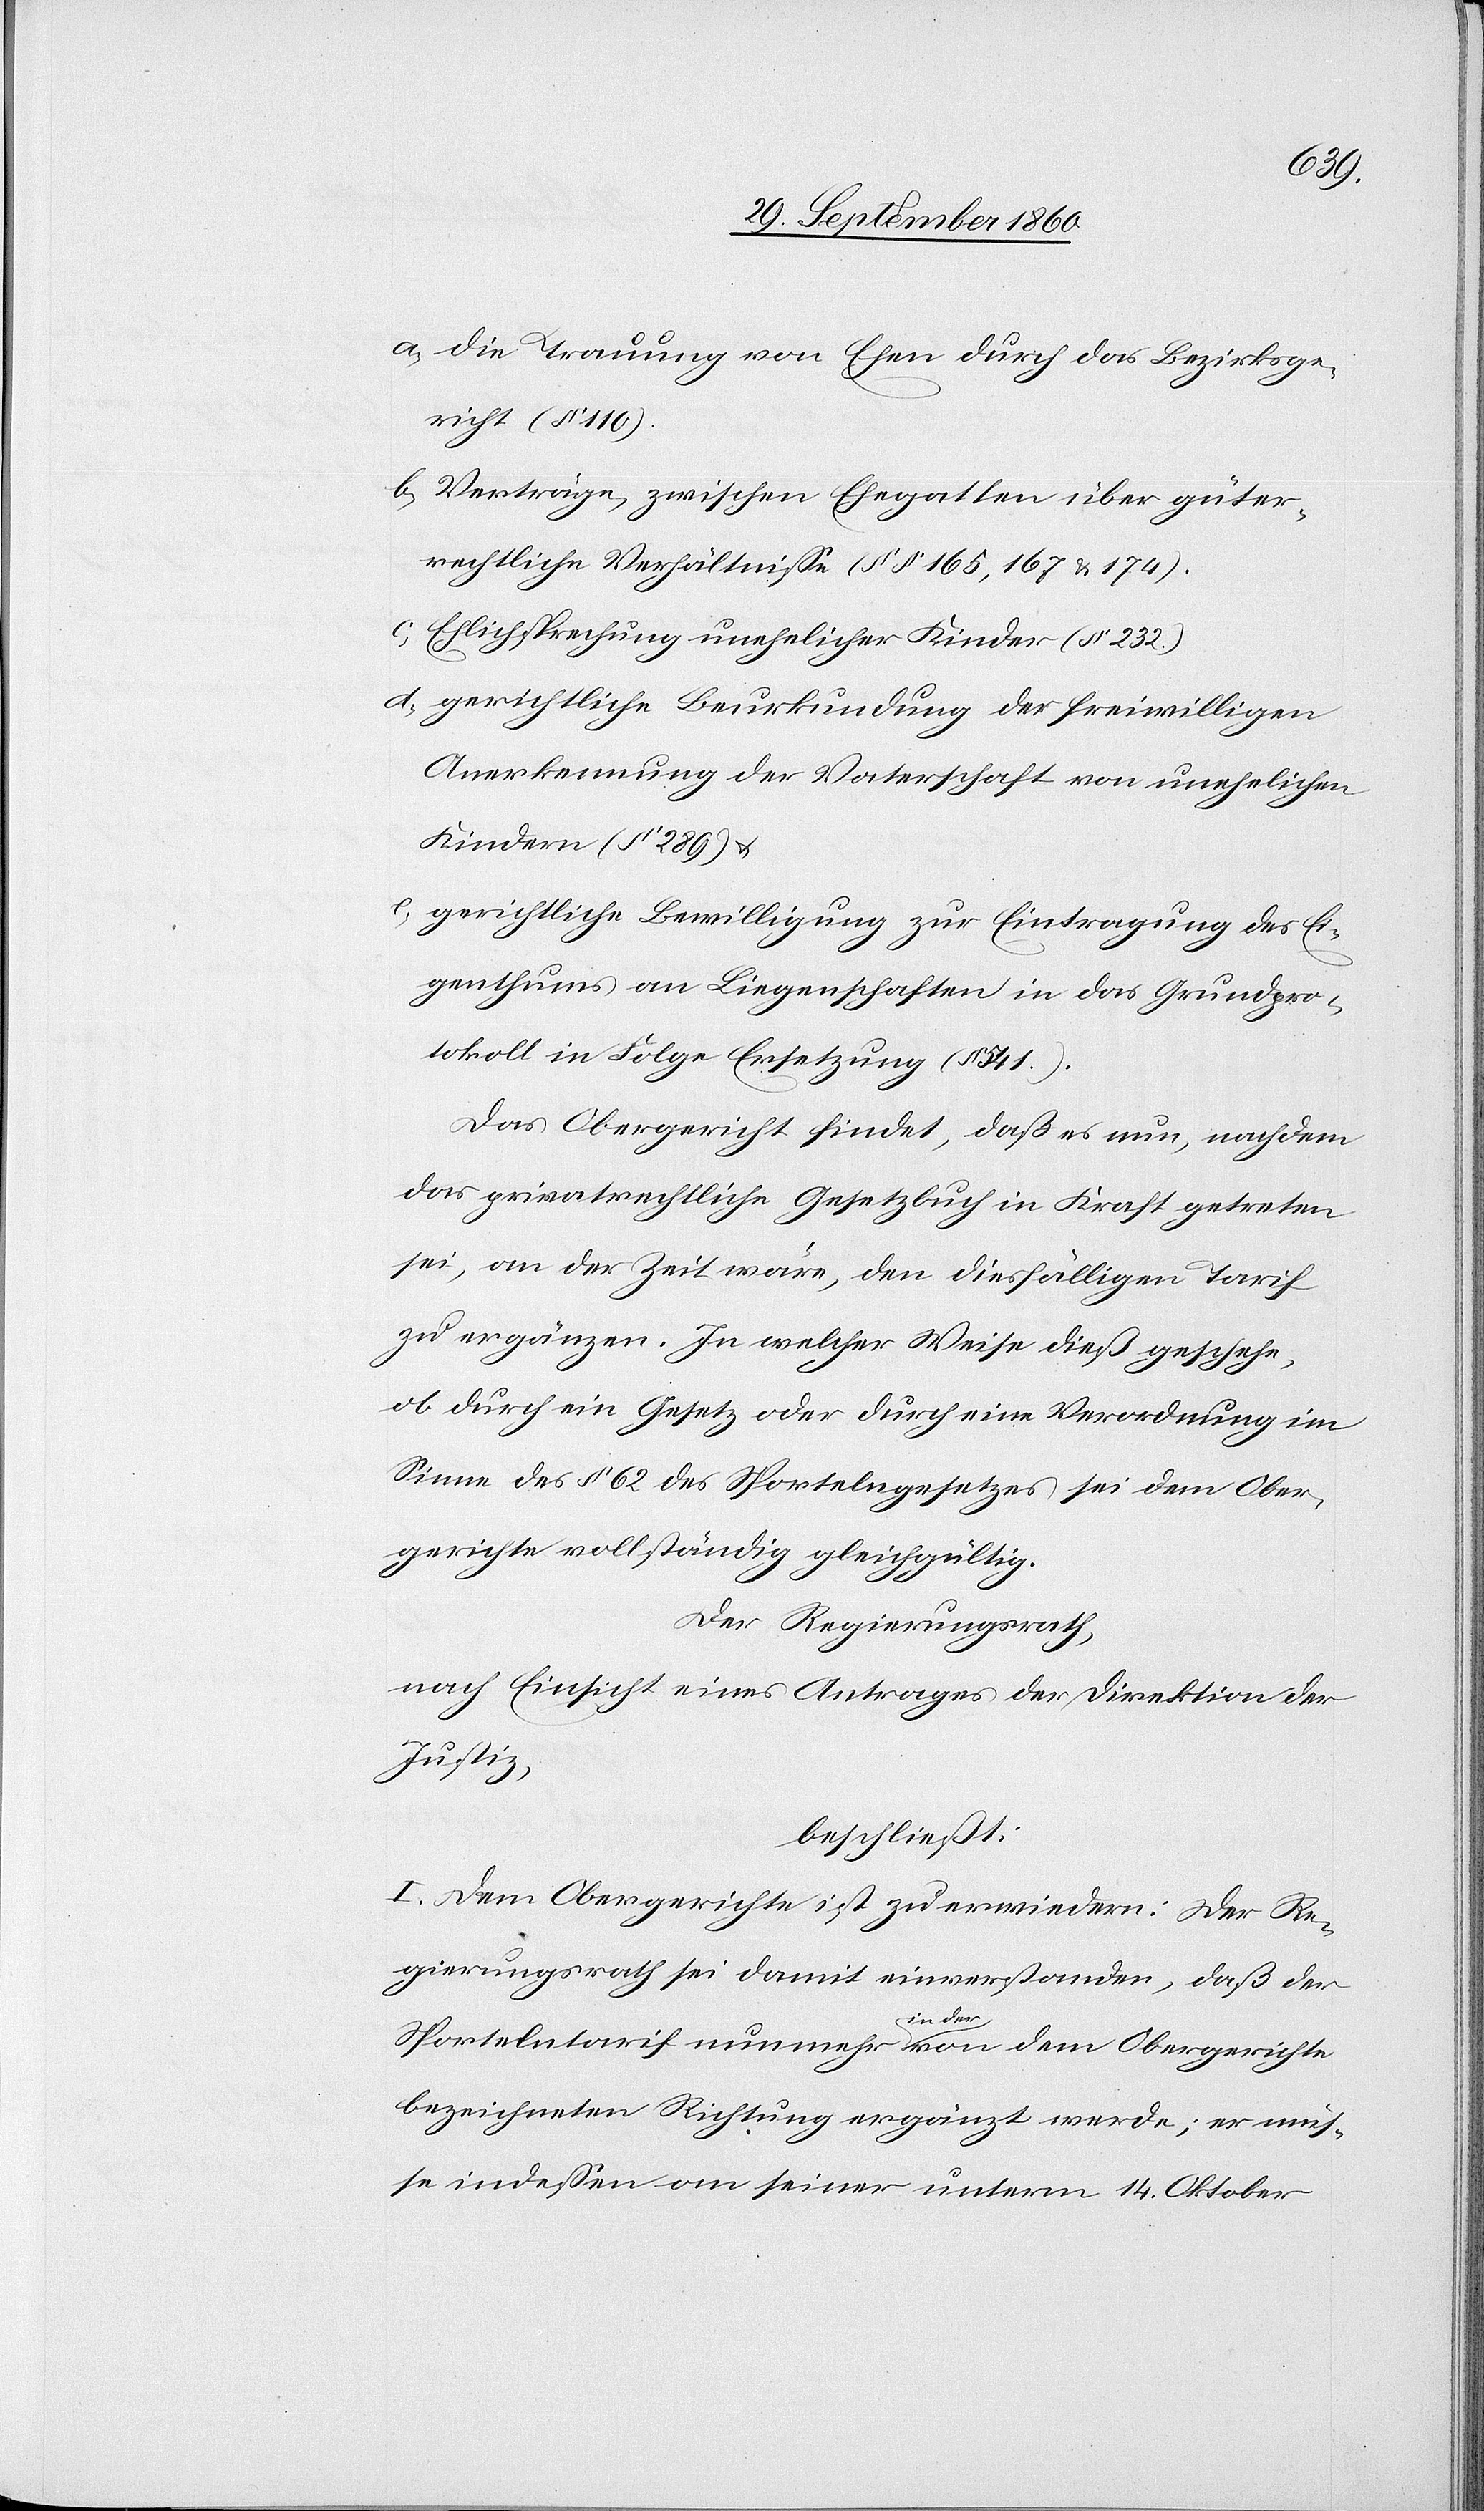
a) die Trauung von Ehen durch das Bezirkge¬
richt (§ 110).
b) Verträge, zwischen Ehegatten über güter¬
rechtliche Verhältnisse (§§ 165, 167 u. 174).
c) Ehlichsprechung unehelicher Kinder (§ 232.)
d) gerichtliche Beurkundung der freiwilligen
Anerkennung der Vaterschaft von unehelichen
Kindern (§ 289) u.
gerichtliche Bewilligung zur Eintragung des Ei¬
genthums an Liegenschaften in das Grundpro¬
tokoll in Folge Ersetzung (§ 541).
Das Obergericht findet, daß es nun, nachdem
das privatrechtliche Gesetzbuch in Kraft getreten
sei, an der Zeit wäre, den diesfälligen Tarif
zu ergänzen. In welcher Weise dieß geschehe,
ob durch ein Gesetz oder durch eine Verordnung im
Sinne des § 62 des Sportelngesetzes sei dem Ober¬
gerichte vollständig gleichgültig.
Der Regierungsrath,
nach Einsicht eines Antrages der Direktion der
Justiz,
beschließt:
I. Dem Obergerichte ist zu erwiedern: Der Re¬
gierungsrath sei damit einverstanden, daß der
Sportelntarif nunmehr in der von dem Obergerichte
bezeichneten Richtung ergänzt werde; er müs¬
se indessen an seiner unterm 14. Oktober